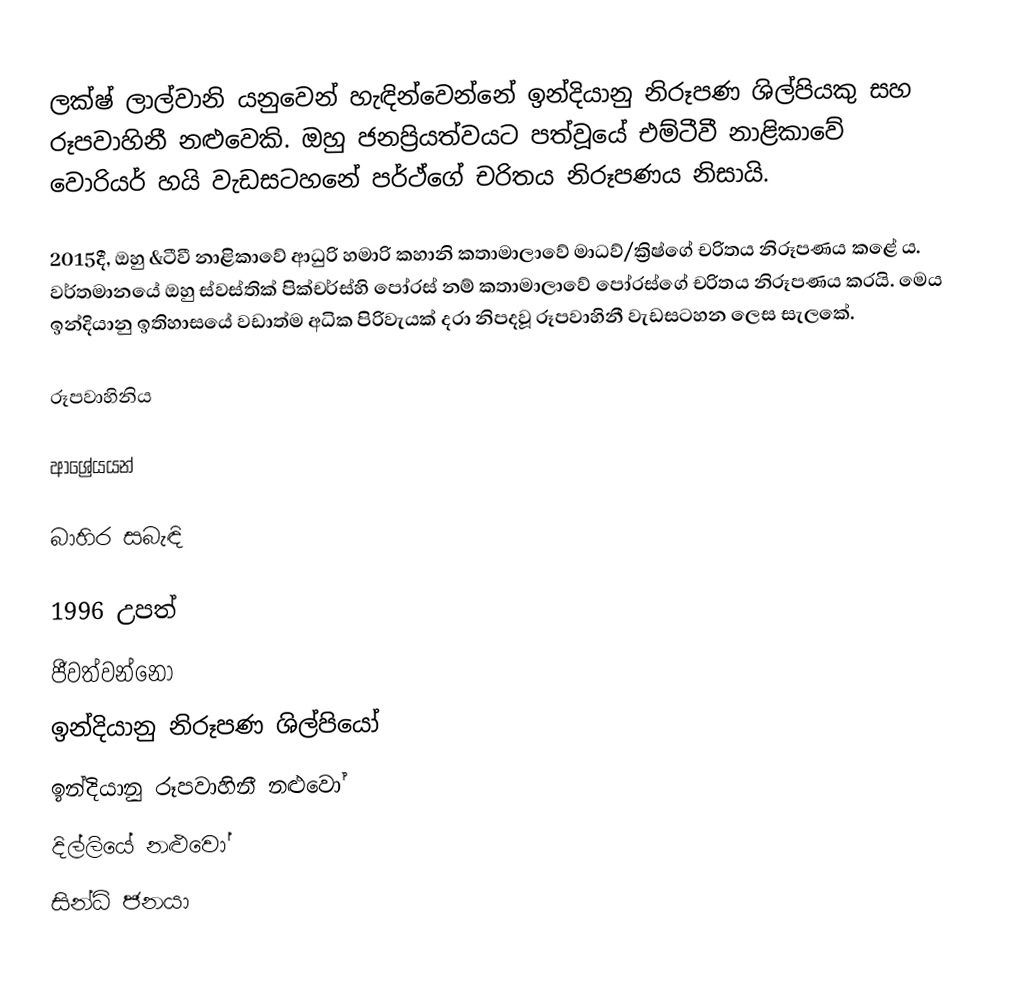
ලක්ෂ් ලාල්වානි යනුවෙන් හැඳින්වෙන්නේ ඉන්දියානු නිරූපණ ශිල්පියකු සහ රූපවාහිනී නළුවෙකි. ඔහු ජනප්‍රියත්වයට පත්වූයේ එම්ටීවී නාළිකාවේ වොරියර් හයි වැඩසටහනේ පර්ථ්ගේ චරිතය නිරූපණය නිසායි.

2015දී, ඔහු &ටීවී නාළිකාවේ ආධුරි හමාරි කහානි කතාමාලාවේ මාධව්/ක්‍රිෂ්ගේ චරිතය නිරූපණය කළේ ය. වර්තමානයේ ඔහු ස්වස්තික් පික්චර්ස්හි පෝරස් නම් කතාමාලාවේ  පෝරස්ගේ චරිතය නිරූපණය කරයි. මෙය ඉන්දියානු ඉතිහාසයේ වඩාත්ම අධික පිරිවැයක් දරා නිපදවූ රූපවාහිනී වැඩසටහන ලෙස සැලකේ.

රූපවාහිනිය

ආශ්‍රේයයන්

බාහිර සබැඳි

1996 උපත්
ජීවත්වන්නෝ
ඉන්දියානු නිරූපණ ශිල්පියෝ
ඉන්දියානු රූපවාහිනී නළුවෝ
දිල්ලියේ නළුවෝ
සින්ධි ජනයා